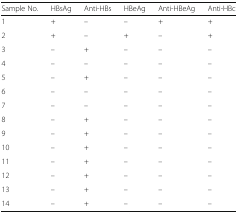
| Sample No. | HBsAg | Anti-HBs | HBeAg | Anti-HBeAg | Anti-HBc |
 | --- | --- | --- | --- | --- | --- |
 | 1 | + | – | – | + | + |
 | 2 | + | – | + | – | + |
 | 3 | – | + | – | – | – |
 | 4 | – | – | – | – | – |
 | 5 | – | + | – | – | – |
 | 6 | – | – | – | – | – |
 | 7 | – | – | – | – | – |
 | 8 | – | + | – | – | – |
 | 9 | – | + | – | – | – |
 | 10 | – | + | – | – | – |
 | 11 | – | + | – | – | – |
 | 12 | – | + | – | – | – |
 | 13 | – | + | – | – | – |
 | 14 | – | + | – | – | – |